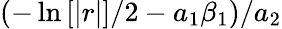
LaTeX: (-\ln\left[|r|\right]/2-a_{1}\beta_{1})/a_{2}